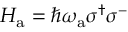
H _ { \mathrm { a } } = \hbar \omega _ { \mathrm { a } } \sigma ^ { \dagger } \sigma ^ { - }